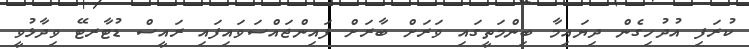
ކުރަފި އުދުހިގެން ދިޔައިމާ ބިންމަތީގައި ވަރަށް ބާރަށް ފައިންޖައްސަވައިފައި ރައީސް ޑުޓާރޓޭ ވިދާޅުވީ